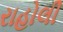
રાહોલી